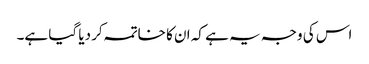
اس کی وجہ یہ ہے کہ ان کا خاتمہ کر دیا گیا ہے۔